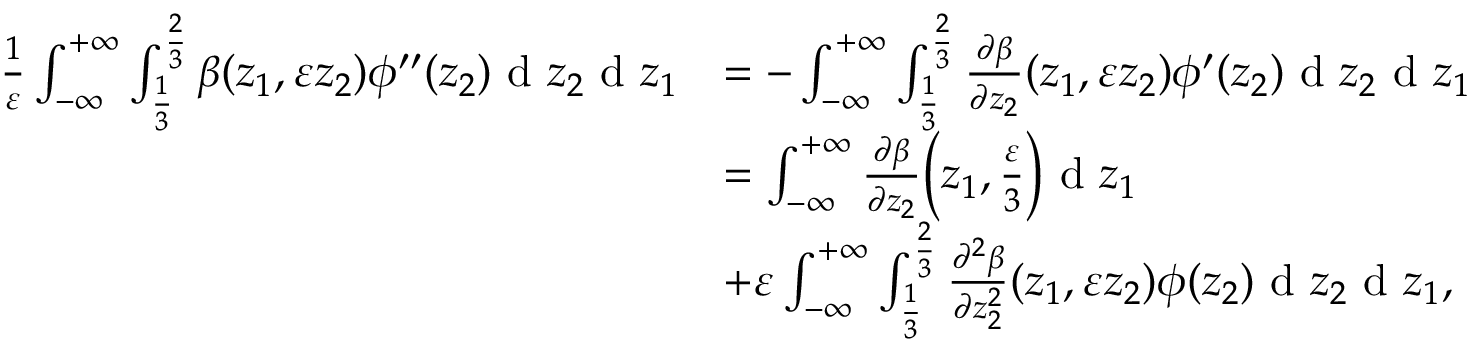
\begin{array} { r l } { \frac { 1 } { \varepsilon } \int _ { - \infty } ^ { + \infty } \int _ { \frac { 1 } { 3 } } ^ { \frac { 2 } { 3 } } \beta ( z _ { 1 } , \varepsilon z _ { 2 } ) \phi ^ { \prime \prime } ( z _ { 2 } ) \textrm { d } z _ { 2 } \textrm { d } z _ { 1 } } & { = - \int _ { - \infty } ^ { + \infty } \int _ { \frac { 1 } { 3 } } ^ { \frac { 2 } { 3 } } \frac { \partial \beta } { \partial z _ { 2 } } ( z _ { 1 } , \varepsilon z _ { 2 } ) \phi ^ { \prime } ( z _ { 2 } ) \textrm { d } z _ { 2 } \textrm { d } z _ { 1 } } \\ & { = \int _ { - \infty } ^ { + \infty } \frac { \partial \beta } { \partial z _ { 2 } } \Big ( z _ { 1 } , \frac { \varepsilon } { 3 } \Big ) \textrm { d } z _ { 1 } } \\ & { + \varepsilon \int _ { - \infty } ^ { + \infty } \int _ { \frac { 1 } { 3 } } ^ { \frac { 2 } { 3 } } \frac { \partial ^ { 2 } \beta } { \partial z _ { 2 } ^ { 2 } } ( z _ { 1 } , \varepsilon z _ { 2 } ) \phi ( z _ { 2 } ) \textrm { d } z _ { 2 } \textrm { d } z _ { 1 } , } \end{array}